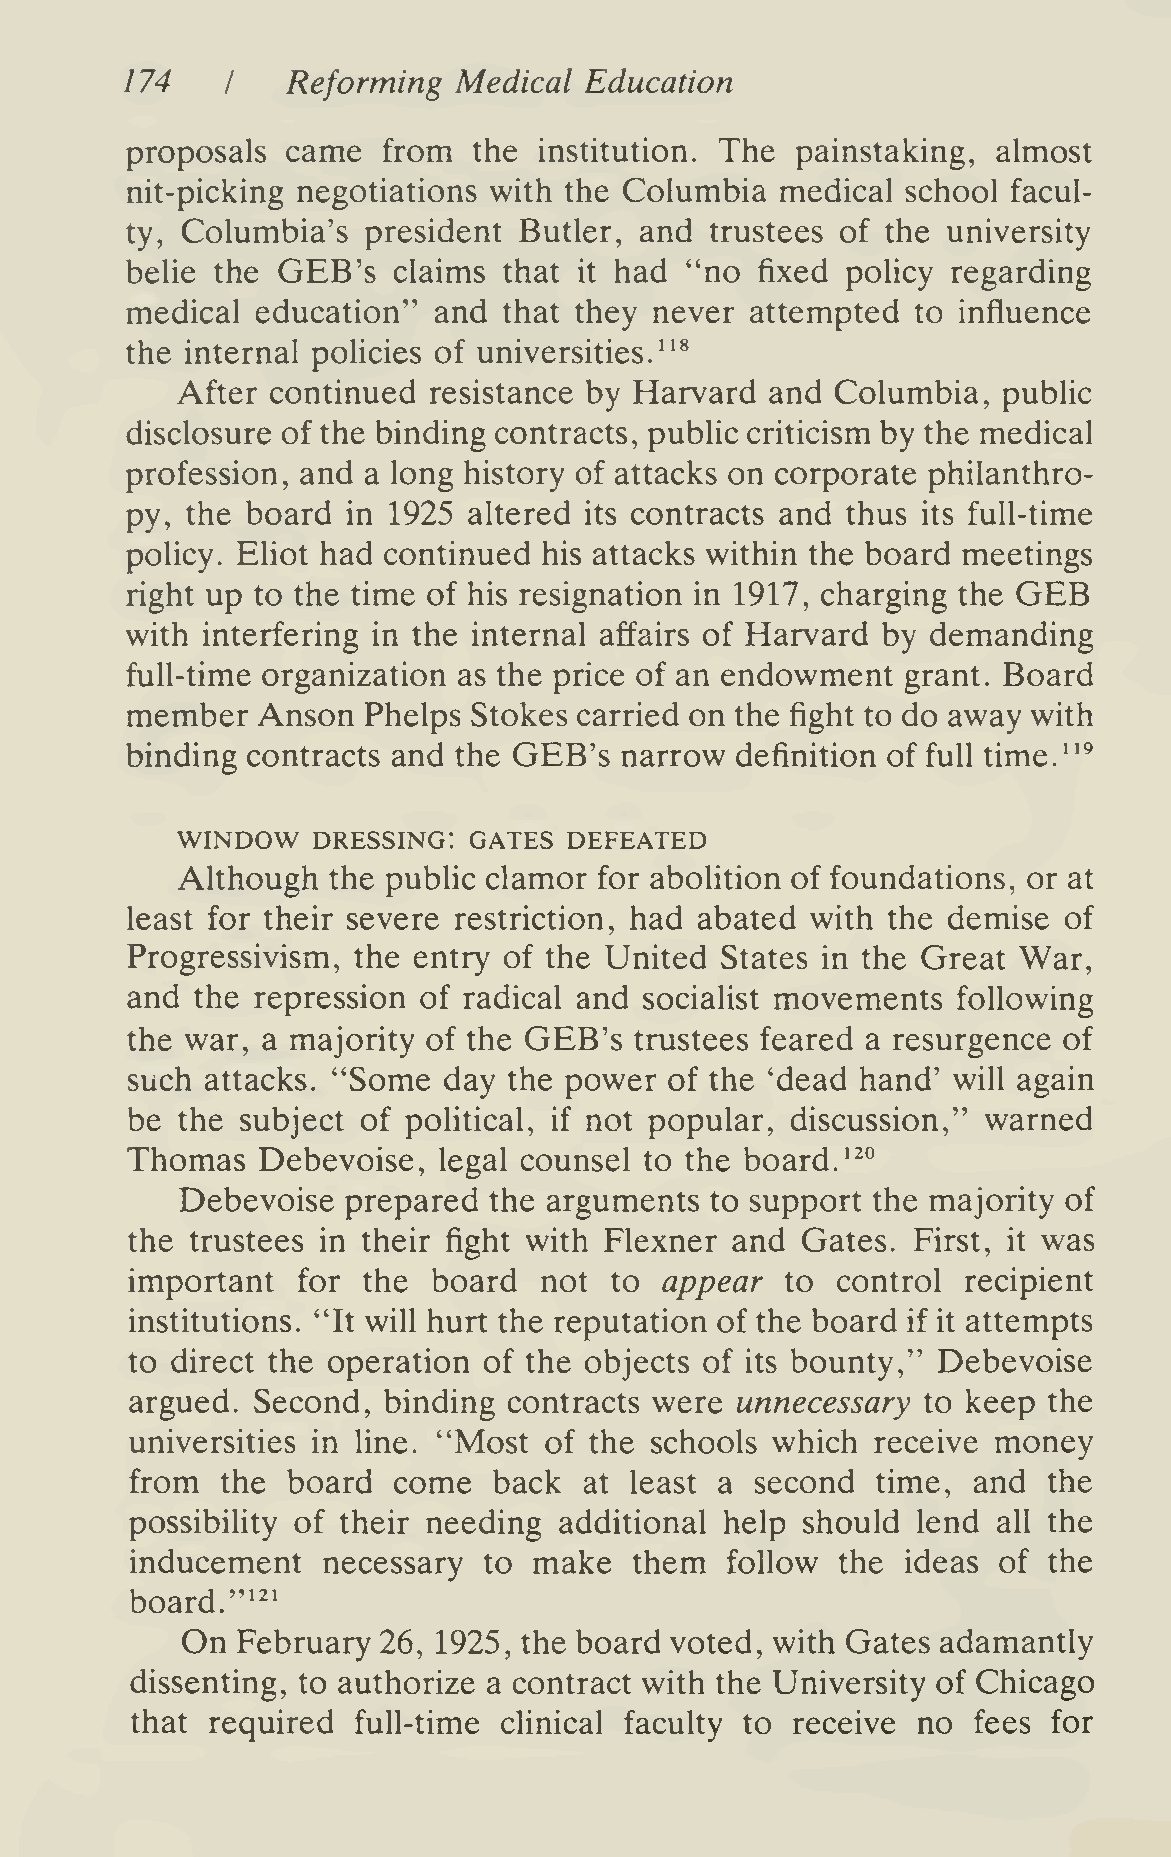
174        Reforming  Medical  Education
 I
 proposals  came  from  the  institution. The painstaking, almost
 nit-picking negotiations with the Columbia  medical school facul-
 ty, Columbia's  president Butler, and  trustees of the university
 belie the GEB's   claims that it had "no  fixed policy regarding
 medical  education"  and that they never  attempted  to influence
 the internal policies of universities.^'*
 After continued resistance by Harvard  and Columbia,  public
 disclosure of the binding contracts, public criticism by the medical
 profession, and a long history of attacks on corporate philanthro-
 py, the board  in 1925 altered its contracts and thus its full-time
 policy. Eliot had continued his attacks within the board meetings
 GEE
 right up to the time of his resignation in 1917, charging the
 with interfering in the internal affairs of Harvard by demanding
 full-time organization as the price of an endowment grant. Board
 member   Anson  Phelps Stokes carried on the fight to do away with
 binding contracts and the GEB's  narrow  definition of full time."^
 WINDOW   dressing: gates  defeated
 Although  the public clamor for aboHtion of foundations, or at
 least for their severe restriction, had abated with the demise of
 Progressivism, the entry of the United  States in the Great War,
 and  the repression of radical and socialist movements following
 the war, a majority of the GEB's  trustees feared a resurgence of
 such  attacks. "Some day  the power of the 'dead hand' will again
 be  the subject of poHtical, if not popular, discussion," warned
 Thomas   Debevoise,  legal counsel to the board. '^°
 Debevoise  prepared the arguments  to support the majority of
 the  trustees in their fight with Flexner and Gates. First, it was
 important   for the  board  not to  appear  to control  recipient
 institutions. "It will hurt the reputation of the board if it attempts
 to direct the operation of the objects of its bounty," Debevoise
 argued. Second, binding  contracts were unnecessary to keep the
 universities in line. "Most of the schools which receive money
 from  the board  come   back  at least a second  time, and  the
 possibiHty of their needing additional help should  lend all the
 inducement  necessary  to make   them  follow  the ideas of the
 board."'^'
 On
 February 26, 1925, the board voted, with Gates adamantly
 dissenting, to authorize a contract with the University of Chicago
 that required full-time clinical faculty to receive no fees  for